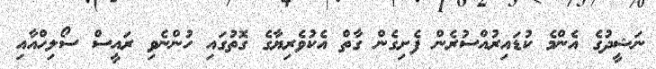
ނަޝީދުގެ އެންމެ ކުޑައިރުއްސުރެން ފެށިގެން ގާތް އެކުވެރިޔާގެ ގޮތުގައި ހުންނެވި ރައީސް ސޯލިހްއާއި